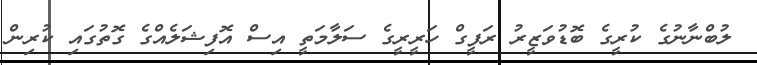
ލުބްނާނުގެ ކުރީގެ ބޮޑުވަޒީރު ރަފީގް ހަރީރީގެ ސަލާމަތީ އިސް އޮފިޝަލެއްގެ ގޮތުގައި ކުރިން